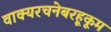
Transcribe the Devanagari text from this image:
वाक्यरचनेबरहूकूम